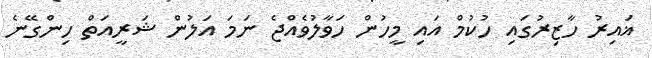
ޣައިރު ހާޒިރުގައި ހުކުމް އައި މީހުން ހަވާލުވެއްޖެ ނަމަ އަލުން ޝަރީއަތް ހިންގޭނެ